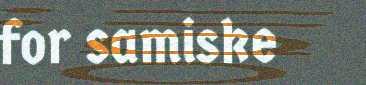
for samiske